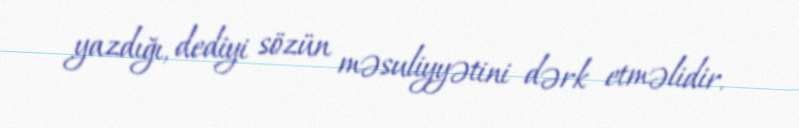
yazdığı, dediyi sözün məsuliyyətini dərk etməlidir.